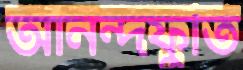
আনন্দফুর্তি